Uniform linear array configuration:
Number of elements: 64
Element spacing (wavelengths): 0.5
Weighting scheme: kaiser
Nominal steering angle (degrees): -30
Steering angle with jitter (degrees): -30.159
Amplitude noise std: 0.05
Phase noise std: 0.05

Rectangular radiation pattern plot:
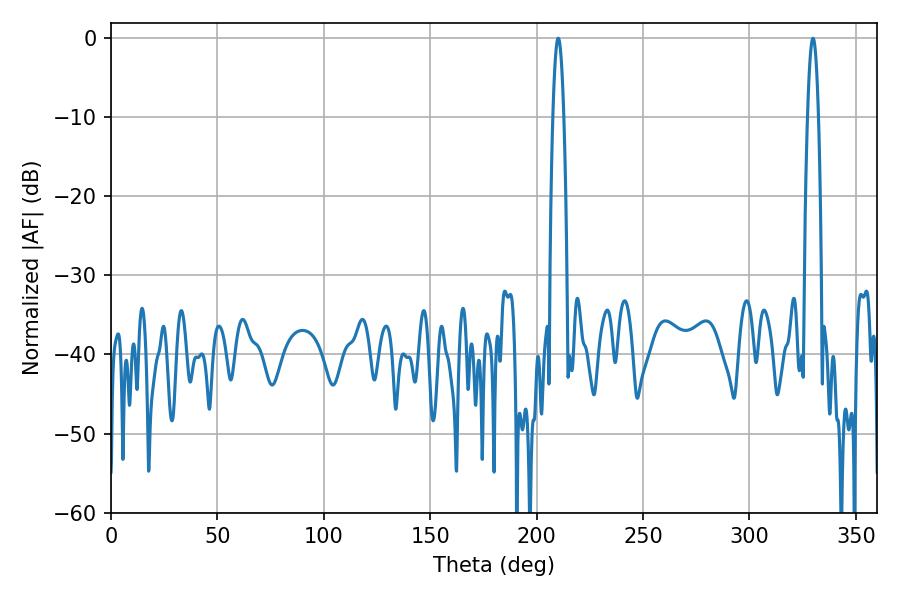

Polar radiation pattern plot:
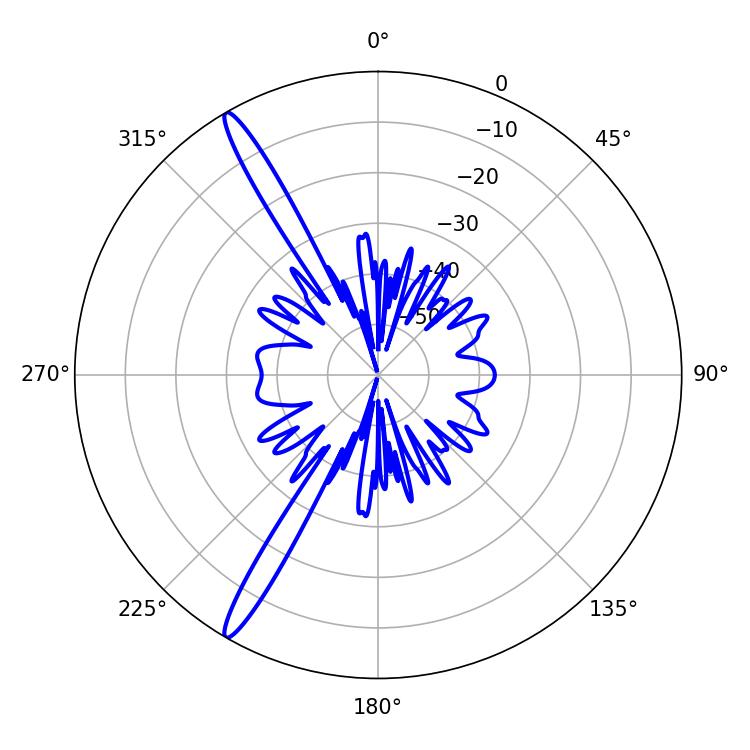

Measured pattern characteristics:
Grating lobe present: FALSE
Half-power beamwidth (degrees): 2.7
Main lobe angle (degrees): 210.06